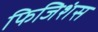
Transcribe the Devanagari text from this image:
फिजिशंस